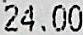
24.00